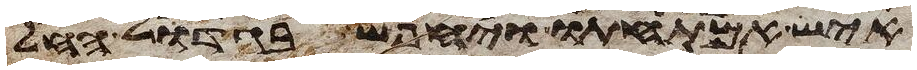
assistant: איש אמתחתו ויחפש בגדול החל